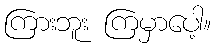
ကြားဘူး ကြမှာပေါ့။